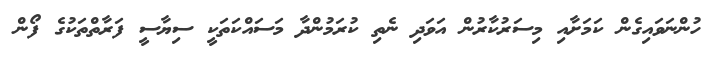
ހުންނަވައިގެން ކަމަށާއި މިސަރުކާރުން އަވަދި ނެތި ކުރަމުންދާ މަސައްކަތަކީ ސިޔާސީ ފަރާތްތަކުގެ ފޯން